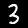
Label: 3